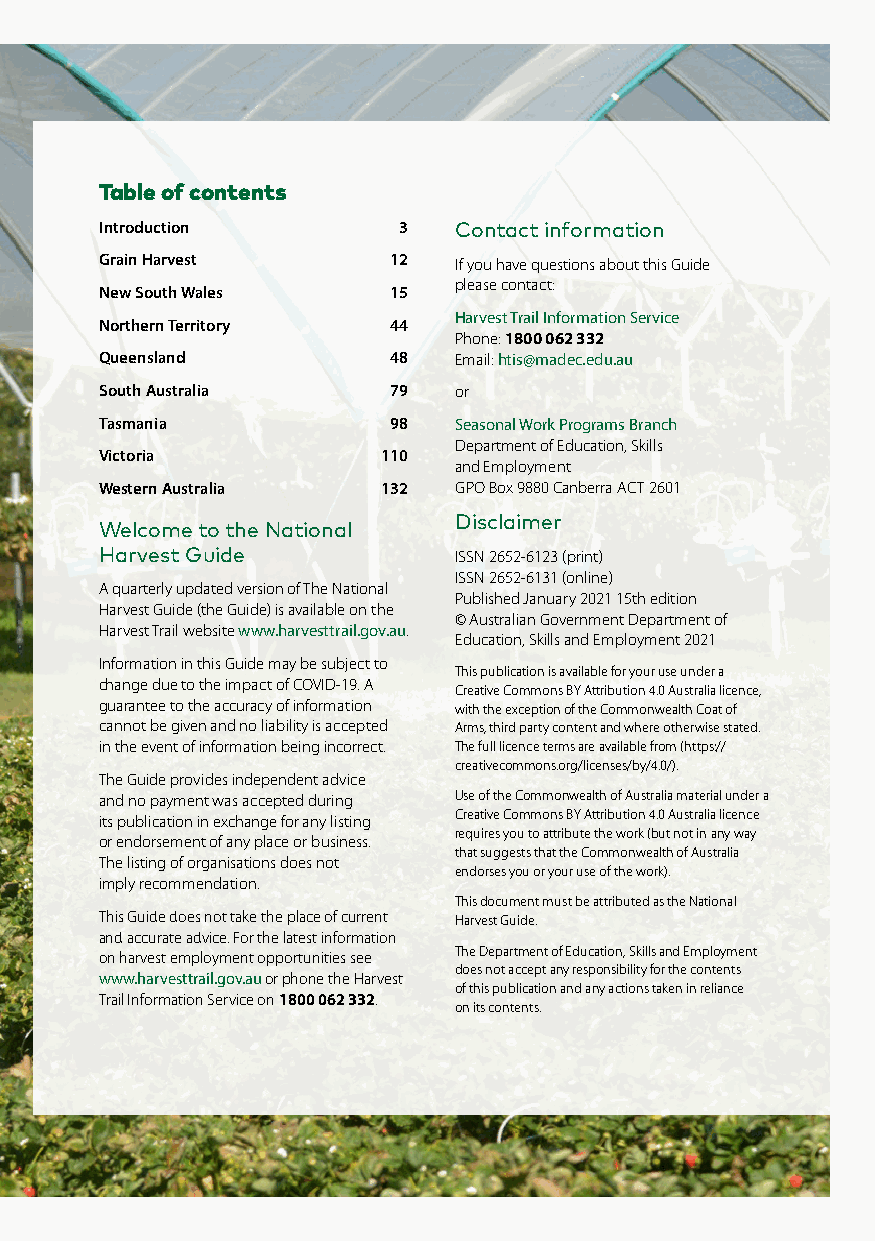
Table of contents
 Introduction       3   Contact information
 Grain Harvest      12  If you have questions about this Guide
 please contact:
 New South Wales    15
 Harvest Trail Information Service
 Northern Territory 44
 Phone: 1800 062 332
 Queensland         48  Email: htis@madec.edu.au
 South Australia    79  or
 Tasmania           98  Seasonal Work Programs Branch
 Department of Education, Skills
 Victoria          110
 and Employment
 Western Australia 132  GPO Box 9880 Canberra ACT 2601
 Disclaimer
 Welcome to the National
 Harvest Guide          ISSN 2652-6123 (print)
 ISSN 2652-6131 (online)
 A quarterly updated version of The National
 Published January 2021 15th edition
 Harvest Guide (the Guide) is available on the
 © Australian Government Department of
 Harvest Trail website www.harvesttrail.gov.au.
 Education, Skills and Employment 2021
 Information in this Guide may be subject to
 This publication is available for your use under a
 change due to the impact of COVID-19. A
 Creative Commons BY Attribution 4.0 Australia licence,
 guarantee to the accuracy of information with the exception of the Commonwealth Coat of
 cannot be given and no liability is accepted Arms, third party content and where otherwise stated.
 in the event of information being incorrect. The full licence terms are available from (https://
 creativecommons.org/licenses/by/4.0/).
 The Guide provides independent advice
 and no payment was accepted during Use of the Commonwealth of Australia material under a
 its publication in exchange for any listing Creative Commons BY Attribution 4.0 Australia licence
 requires you to attribute the work (but not in any way
 or endorsement of any place or business.
 that suggests that the Commonwealth of Australia
 The listing of organisations does not
 endorses you or your use of the work).
 imply recommendation.
 This document must be attributed as the National
 This Guide does not take the place of current Harvest Guide.
 and accurate advice. For the latest information
 The Department of Education, Skills and Employment
 on harvest employment opportunities see
 does not accept any responsibility for the contents
 www.harvesttrail.gov.au or phone the Harvest
 of this publication and any actions taken in reliance
 Trail Information Service on 1800 062 332.
 on its contents.
 Work your way around Australia | 3